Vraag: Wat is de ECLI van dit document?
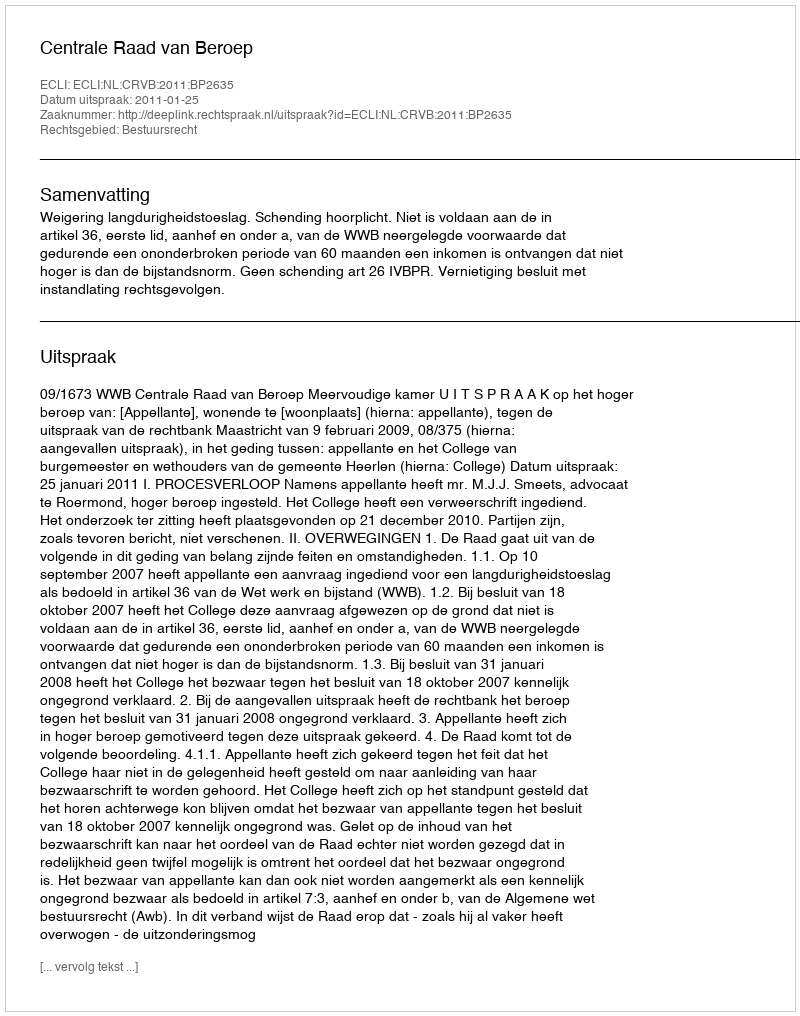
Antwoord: ECLI:NL:CRVB:2011:BP2635